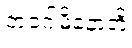
ဘဝဂါမိနောတိ